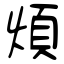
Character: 煩